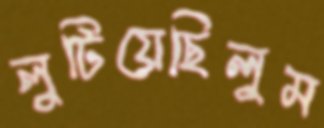
লুটিয়েছিলুম